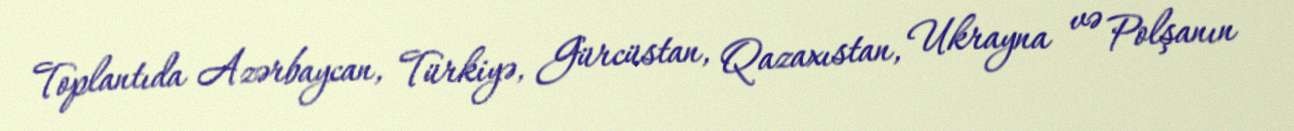
Toplantıda Azərbaycan, Türkiyə, Gürcüstan, Qazaxıstan, Ukrayna və Polşanın